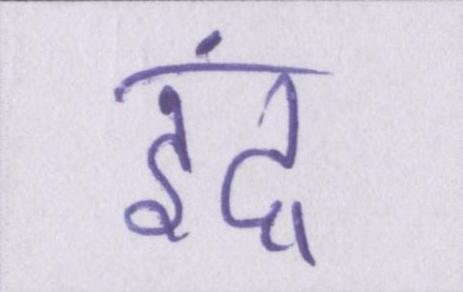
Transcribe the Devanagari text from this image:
इंद्र